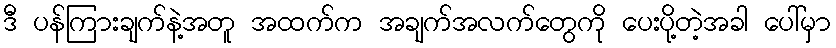
ဒီ ပန်ကြားချက်နဲ့အတူ အထက်က အချက်အလက်တွေကို ပေးပို့တဲ့အခါ ပေါ်မှာ